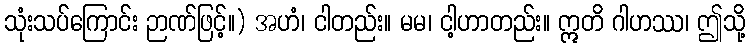
သုံးသပ်ကြောင်း ဉာဏ်ဖြင့်။) အဟံ၊ ငါတည်း။ မမ၊ ငါ့ဟာတည်း။ ဣတိ ဂါဟဿ၊ ဤသို့